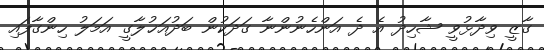
ގާޒީ ވިދާޅުވީ ޝާހިދު އެ ދެ އަންހެނުންނާ ގަދަކުން ބަދުއަޚުލާގީ އަމަލު ހިންގާފައި